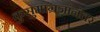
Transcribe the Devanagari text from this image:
कुसुमाग्रजांनंतर